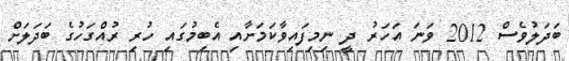
ބަދަލުވެސް 2012 ވަނަ އަހަރު ދީ ނިމިފައިވާކަމަށާއި އެބިމުގައި ހުރި ރުއްގަހުގެ ބަދަލަށް